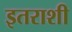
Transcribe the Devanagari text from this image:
इतराशी